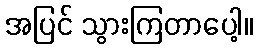
အပြင် သွားကြတာပေါ့။